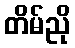
တိမ်ညို